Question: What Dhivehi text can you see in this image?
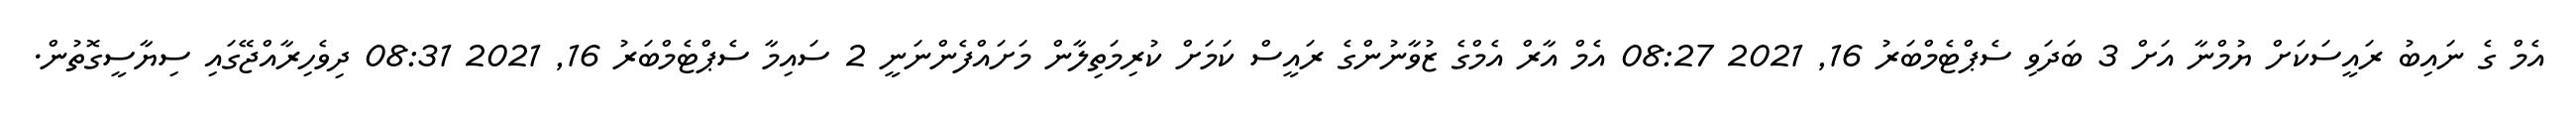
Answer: އެމް ގެ ނައިބު ރައީސަކަށް ޔުމްނާ އަށް 3 ބަދަވި ސެޕްޓެމްބަރު 16, 2021 08:27 އެމް އާރް އެމްގެ ޒުވާނުންގެ ރައީސް ކަމަށް ކުރިމަތިލާން މަށައްފެންނަނީ 2 ސައިމާ ސެޕްޓެމްބަރު 16, 2021 08:31 ދިވެހިރާއްޖޭގައި ސިޔާސީގޮތުން.